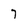
Character: 7